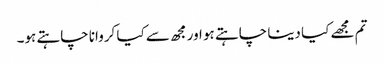
تم مجھے کیا دینا چاہتے ہو اور مجھ سے کیا کروانا چاہتے ہو۔